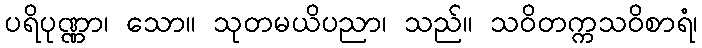
ပရိပုဏ္ဏာ၊ သော။ သုတမယိပညာ၊ သည်။ သဝိတက္ကသဝိစာရံ၊